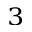
^ 3